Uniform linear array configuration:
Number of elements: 32
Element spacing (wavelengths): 0.5
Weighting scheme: blackman
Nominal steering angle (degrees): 30
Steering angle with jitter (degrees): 28.467
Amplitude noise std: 0.05
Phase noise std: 0.05

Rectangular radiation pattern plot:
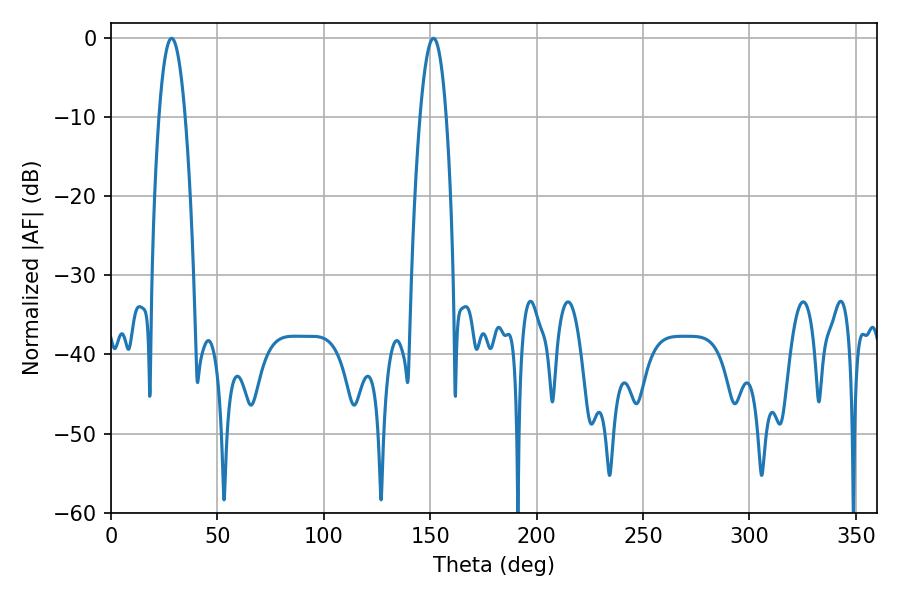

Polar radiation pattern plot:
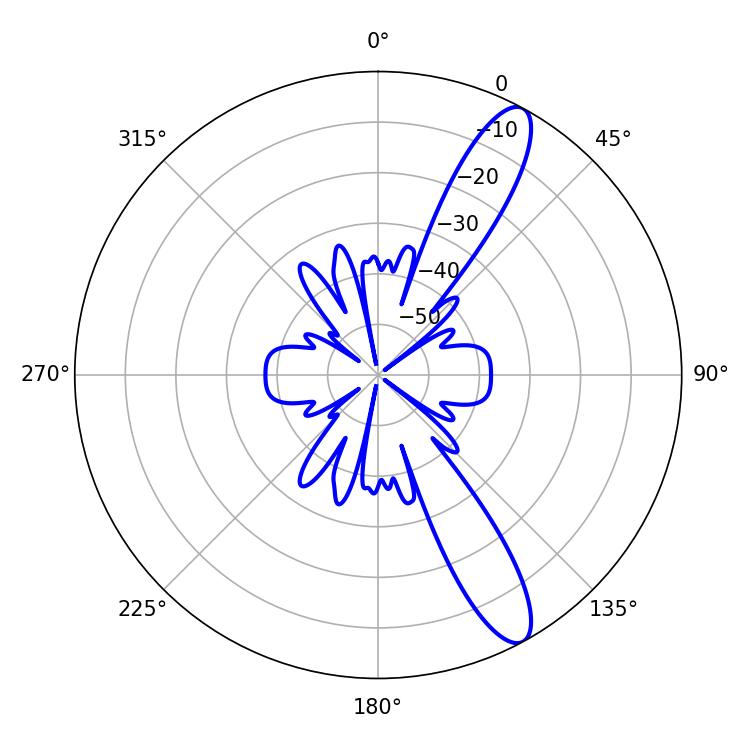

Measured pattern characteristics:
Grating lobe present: FALSE
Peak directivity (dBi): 12.151
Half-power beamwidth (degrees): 6.66
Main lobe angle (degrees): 28.44